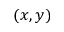
( x , y )